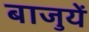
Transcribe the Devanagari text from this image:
बाजुयें